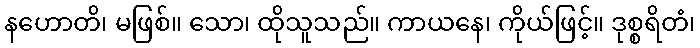
နဟောတိ၊ မဖြစ်။ သော၊ ထိုသူသည်။ ကာယနေ၊ ကိုယ်ဖြင့်။ ဒုစ္စရိတံ၊